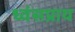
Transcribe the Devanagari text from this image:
ध्वंसप्राय